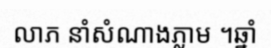
លាភ នាំសំណាងភ្លាម ។ឆ្នាំ